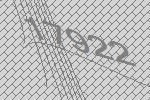
17922